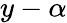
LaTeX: y-\alpha